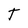
Character: T